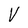
Character: V